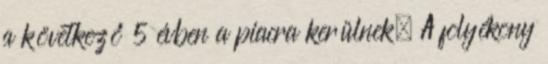
a következő 5 évben a piacra kerülnek. A folyékony